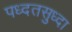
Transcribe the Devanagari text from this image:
पध्दतसुध्दा